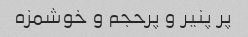
پر پنیر و پرحجم و خوشمزه